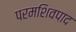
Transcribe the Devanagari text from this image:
परमशिवपाद